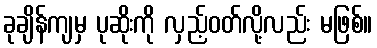
ခုချိန်ကျမှ ပုဆိုးကို လှည့်ဝတ်လို့လည်း မဖြစ်။